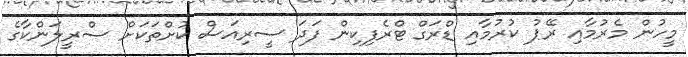
މީހުން މެރުމާއި ރޭޕު ކުރުމާއި ޑްރަގް ޓްރެފިކިން ފަދަ ސީރިއަސް ކުށްތަކަށް ސްރީލަންކާގެ